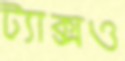
ট্যাক্সও